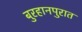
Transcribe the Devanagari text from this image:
बुरहानपुरात